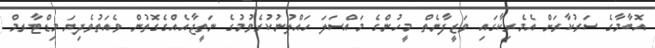
އޮބާމާގެ ސަރުކާރަށް އެމެރިކާގައި ވަޒީފާނެތް މީހުންގެ މައްސަލަ ހައްލުނުކުރެވުމުގެ ނަތީޖާއެއްގެގޮތުން ވެއަތުވެދިޔަ މިޑްޓާރމް